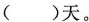
( )天。